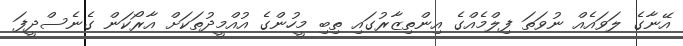
އޭނާގެ ލަވައެއް ނުވަތަ ފިލްމެއްގެ އިންތިޒާރުގައި ތިބި މީހުންގެ އުއްމީދުތަކަށް އާރޯކަން ގެނެސްދީފަ